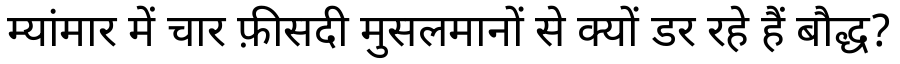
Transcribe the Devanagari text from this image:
म्यांमार में चार फ़ीसदी मुसलमानों से क्यों डर रहे हैं बौद्ध?